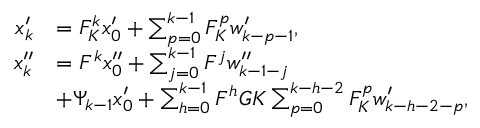
\begin{array} { r l } { x _ { k } ^ { \prime } } & { = F _ { K } ^ { k } x _ { 0 } ^ { \prime } + \sum _ { p = 0 } ^ { k - 1 } F _ { K } ^ { p } w _ { k - p - 1 } ^ { \prime } , } \\ { x _ { k } ^ { \prime \prime } } & { = F ^ { k } x _ { 0 } ^ { \prime \prime } + \sum _ { j = 0 } ^ { k - 1 } F ^ { j } w _ { k - 1 - j } ^ { \prime \prime } } \\ & { + \Psi _ { k - 1 } x _ { 0 } ^ { \prime } + \sum _ { h = 0 } ^ { k - 1 } F ^ { h } G K \sum _ { p = 0 } ^ { k - h - 2 } F _ { K } ^ { p } w _ { k - h - 2 - p } ^ { \prime } , } \end{array}